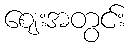
ဈေးအတွင်း